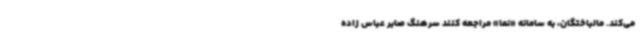
می‌کند. مالباختگان، به سامانه «نما» مراجعه کنند سرهنگ صابر عباس زاده